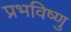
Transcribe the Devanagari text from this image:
प्रभविष्णु